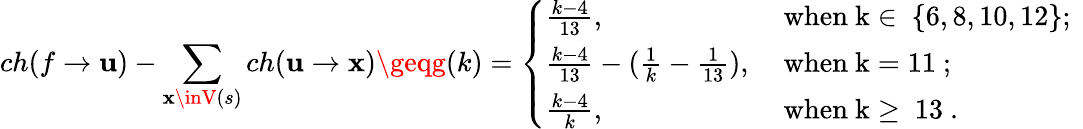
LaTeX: ch(f\rightarrow\mathbf{u})-\sum_{\mathbf{x}\inV(s)}ch(\mathbf{u}\rightarrow\mathbf{x})\geqg(k)=\left\{ \begin{array}{ll}{\frac{k-4}{13},}&{\mathrm{~when~k\in~\{ 6,8,10,12\} ;~}}\\ {\frac{k-4}{13}-(\frac{1}{k}-\frac{1}{13}),}&{\mathrm{~when~k=11~};}\\ {\frac{k-4}{k},}&{\mathrm{~when~k\geq~13~}.}\end{array}\right.